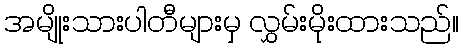
အမျိုးသားပါတီများမှ လွှမ်းမိုးထားသည်။